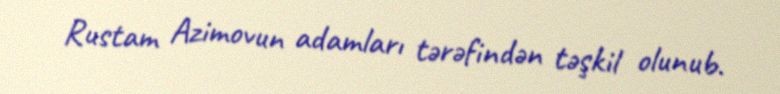
Rustam Azimovun adamları tərəfindən təşkil olunub.